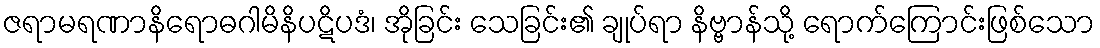
ဇရာမရဏာနိရောဓဂါမိနိပဋိပဒံ၊ အိုခြင်း သေခြင်း၏ ချုပ်ရာ နိဗ္ဗာန်သို့ ရောက်ကြောင်းဖြစ်သော